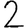
Digit: 2